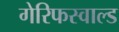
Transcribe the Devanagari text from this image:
गेरिफस्वाल्ड